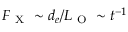
F _ { \mathrm { ~ X ~ } } \sim d _ { e } / L _ { \mathrm { ~ O ~ } } \sim t ^ { - 1 }